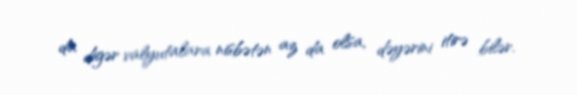
da digər valyutalara nisbətən az da olsa, dəyərini itirə bilər.